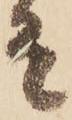
有